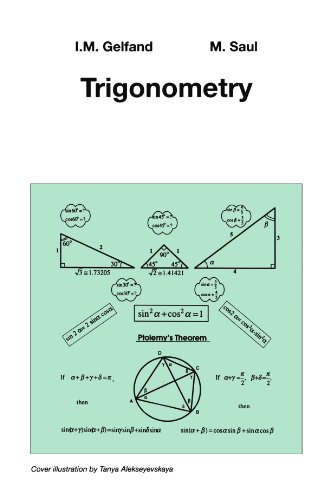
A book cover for Trigonometry; I.M. Gelfand; Science & Math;